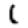
Digit: 1